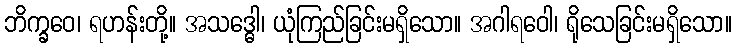
ဘိက္ခဝေ၊ ရဟန်းတို့။ အသဒ္ဓေါ၊ ယုံကြည်ခြင်းမရှိသော။ အဂါရဝေါ၊ ရိုသေခြင်းမရှိသော။